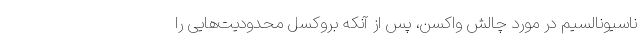
ناسیونالسیم در مورد چالش واکسن، پس از آنکه بروکسل محدودیت‌هایی را